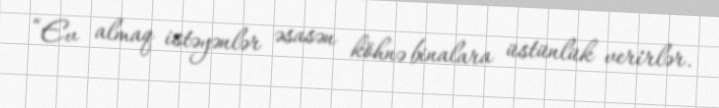
“Ev almaq istəyənlər əsasən köhnə binalara üstünlük verirlər.